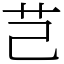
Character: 芑